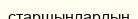
старшындардың